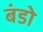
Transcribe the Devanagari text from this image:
बंडो